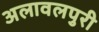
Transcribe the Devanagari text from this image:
अलावलपुरी